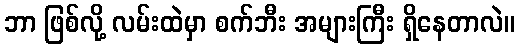
ဘာ ဖြစ်လို့ လမ်းထဲမှာ စက်ဘီး အများကြီး ရှိနေတာလဲ။